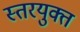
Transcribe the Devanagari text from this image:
स्तरयुक्त